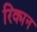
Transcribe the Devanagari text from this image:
रिक्मन